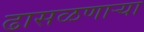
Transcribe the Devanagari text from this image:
ढासळणार्‍या